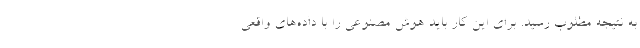
به نتیجه مطلوب رسید. برای این کار باید هوش مصنوعی را با داده­های واقعی